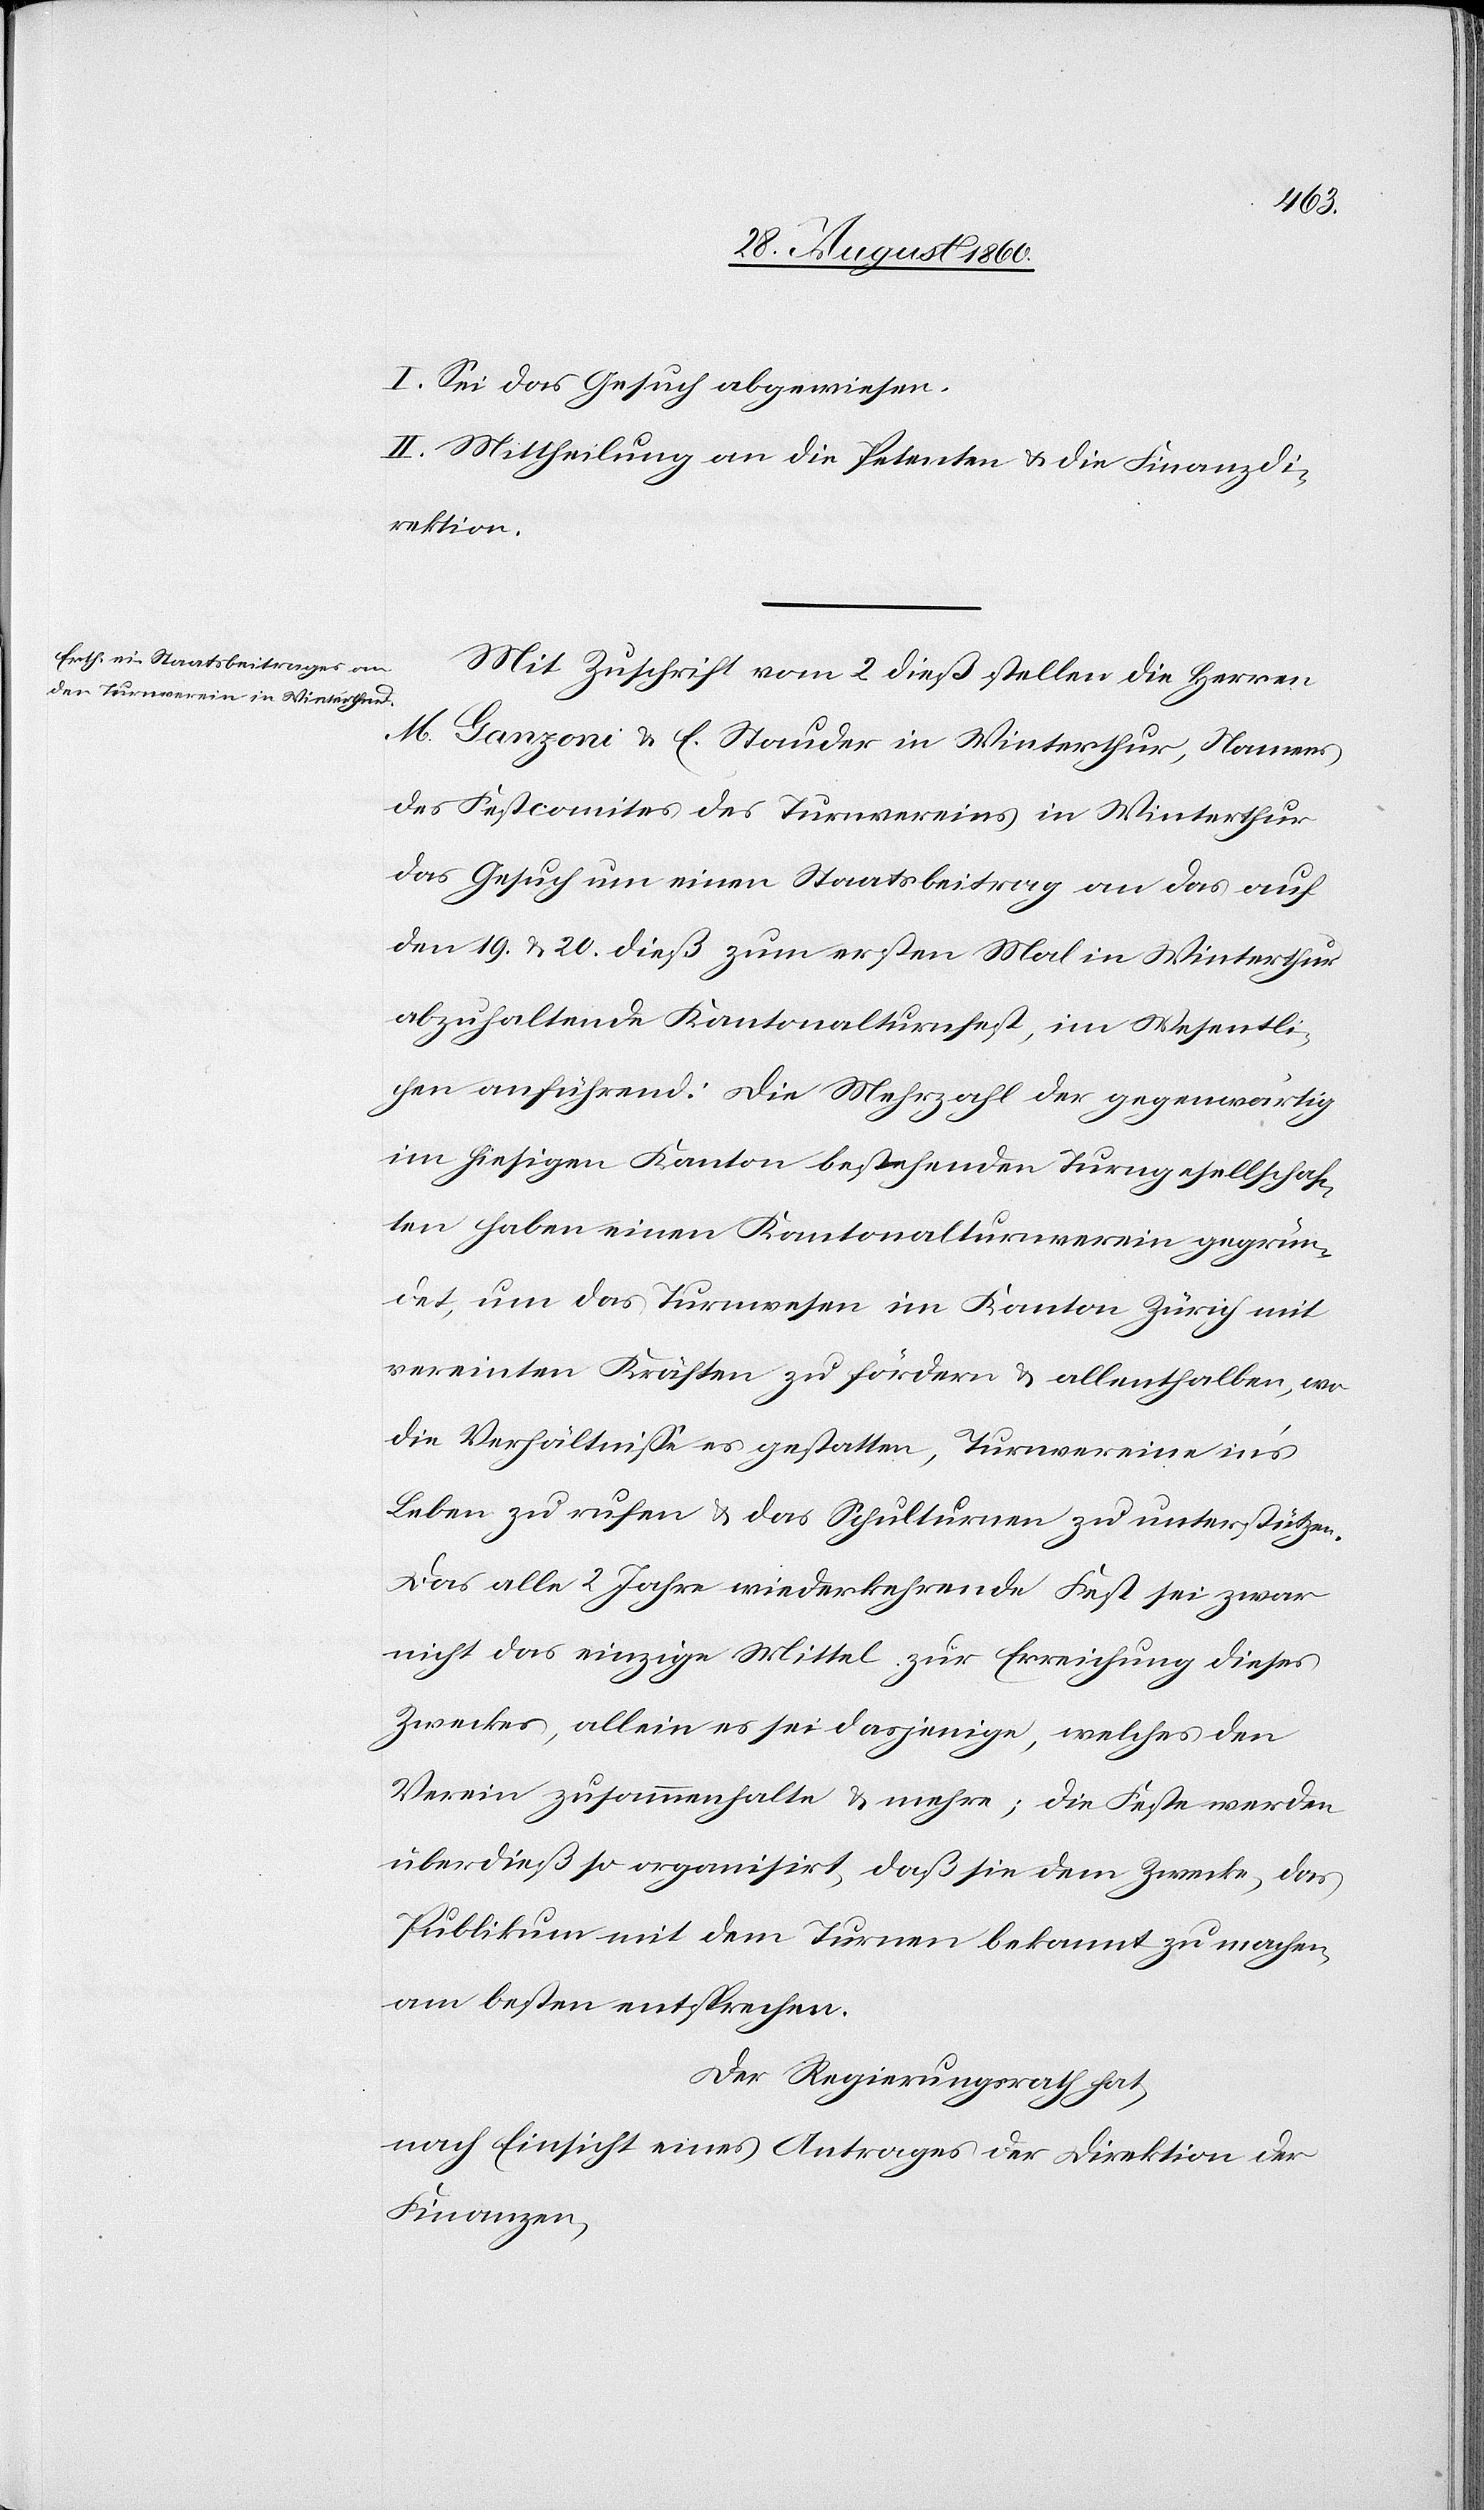
I. Sei das Gesuch abgewiesen.
II. Mittheilung an die Petenten u. die Finanzdi¬
rektion.
Mit Zuschrift vom 1. diess stellen die Herren
M. Ganzoni u. E. Stauder in Winterthur, Namens
des Festkomités des Turnvereins in Winterthur
das Gesuch um einen Staatsbeitrag an das auf
den 19 u. 20 diess zum ersten Mal in Winterthur
abzuhaltende Kantonalturnfest, im Wesentli¬
chen anführend. Die Mehrzahl der gegenwärtig
im hiesigen Kanton bestehenden Turngesellschaf¬
ten haben einen Kantonalturnverein gegrün¬
det, um das Turnwesen im Kanton Zürich mit
vereinten Kräften zu fördern u. allenthalben, wo
die Verhältnisse es gestatten, Turnvereine ins
Leben zu rufen u. das Schulturnen zu unterstützen.
Das alle 2 Jahre wiederkehrende Fest sei zwar
nicht das einzige Mittel zur Erreichung dieses
Zwecks, allein es sei dasjenige, welches den
Verein zusammenhalte u. mehre; die Feste werden
überdiess so organisirt, dass die dem Zweck, das
Publikum mit dem Turnen bekannt zu machen,
am besten entspreche.
Der Regierungsrath hat,
nach Einsicht eines Antrages der Direktion der
Finanzen,